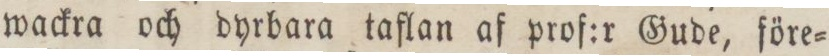
wackra och dyrbara taflan af prof:r Gude, före=